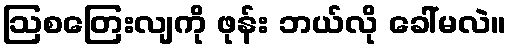
ဩစတြေးလျကို ဖုန်း ဘယ်လို ခေါ်မလဲ။